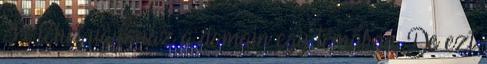
3x lehet ugyanaz a domain egy témában. De ezt